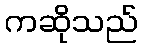
ကဆိုသည်